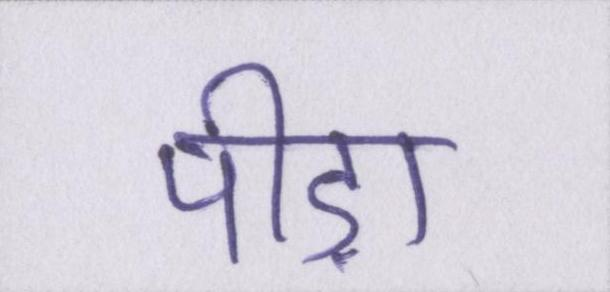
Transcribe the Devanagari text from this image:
पीड़ा